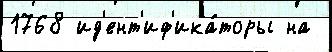
1768 ид'ент'иф'ика́торы на